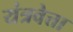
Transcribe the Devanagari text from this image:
यंत्रवेत्ता